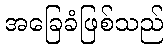
အခြေခံဖြစ်သည်